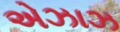
એઝાઝ